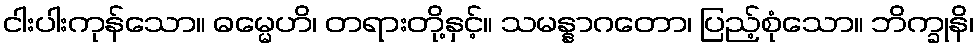
ငါးပါးကုန်သော။ ဓမ္မေဟိ၊ တရားတို့နှင့်။ သမန္နာဂတော၊ ပြည့်စုံသော။ ဘိက္ခုနိ၊